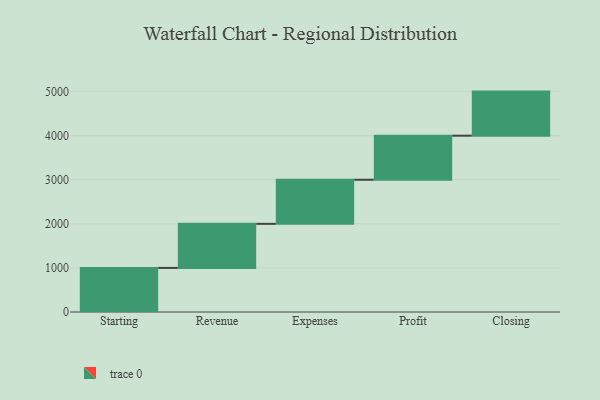
{"axis": {"x": "Step", "y": "Value"}, "legend": [""], "data": [{"x": "Starting", "y": 1000, "type": ""}, {"x": "Revenue", "y": 1000, "type": ""}, {"x": "Expenses", "y": 1000, "type": ""}, {"x": "Profit", "y": 1000, "type": ""}, {"x": "Closing", "y": 1000, "type": ""}]}